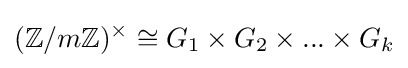
(\mathbb {Z} /m\mathbb {Z} )^{\times }\cong G_{1}\times G_{2}\times ...\times G_{k}